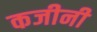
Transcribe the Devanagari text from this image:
कजीनी